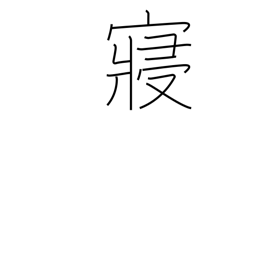
Meaning: bed chamber